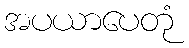
အပယာပေတုံ